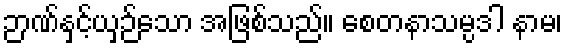
ဉာဏ်နှင့်ယှဉ်သော အဖြစ်သည်။ စေတနာသမ္ပဒါ နာမ၊